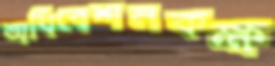
অধিবেশনকক্ষ